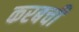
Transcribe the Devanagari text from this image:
करबची